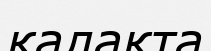
қалақта